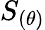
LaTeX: S_{(\theta)}